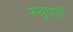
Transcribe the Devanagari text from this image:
स्थूणाएँ